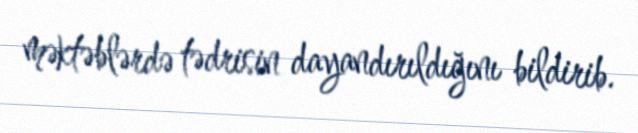
məktəblərdə tədrisin dayandırıldığını bildirib.